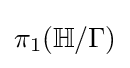
\pi _{1}(\mathbb {H} /\Gamma )